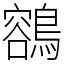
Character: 𪃾